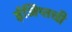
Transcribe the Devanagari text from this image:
ईजिप्तची